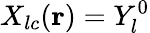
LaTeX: X_{lc}(\mathbf{r})=Y_{l}^{0}